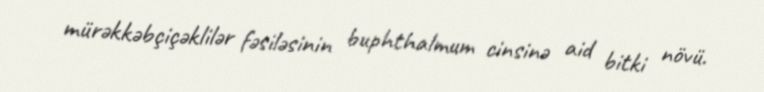
mürəkkəbçiçəklilər fəsiləsinin buphthalmum cinsinə aid bitki növü.